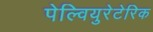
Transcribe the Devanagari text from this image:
पेल्वियुरेटेरिक